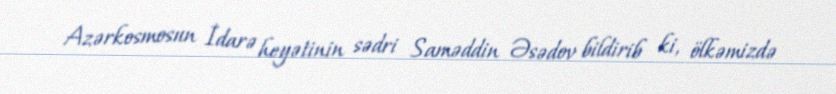
Azərkosmosun İdarə heyətinin sədri Saməddin Əsədov bildirib ki, ölkəmizdə